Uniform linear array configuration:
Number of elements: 24
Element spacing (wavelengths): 0.75
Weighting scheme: uniform
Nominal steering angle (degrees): -15
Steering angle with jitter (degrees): -15.129
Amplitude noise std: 0.05
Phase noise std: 0.05

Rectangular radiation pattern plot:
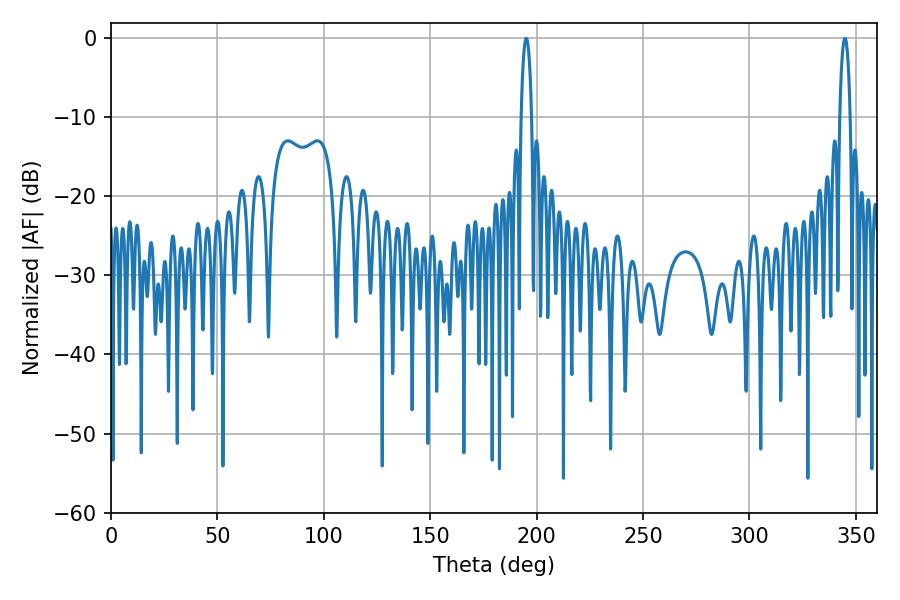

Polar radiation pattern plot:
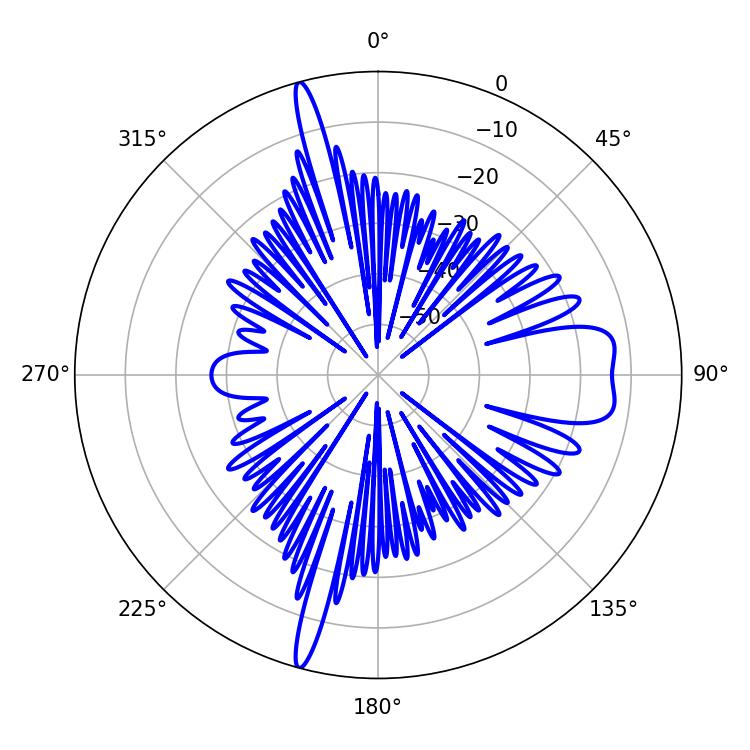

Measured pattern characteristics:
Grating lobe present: TRUE
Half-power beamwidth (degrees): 2.7
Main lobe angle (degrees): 195.12